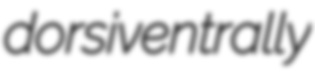
dorsiventrally